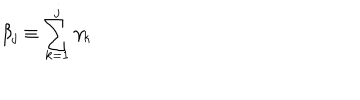
\beta _ { j } \equiv \sum _ { k = 1 } ^ { j } \gamma _ { k }